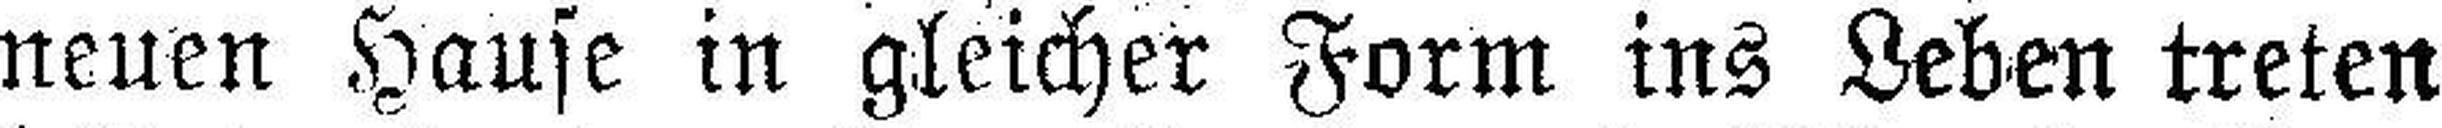
neuen Hause in gleicher Form ins Leben treten